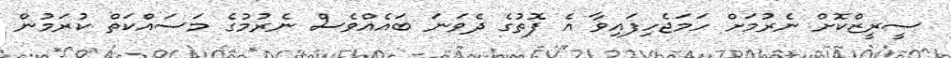
ސީރީޒްކޮށް ނެރުމަށް ހަމަޖެހިފައިވާ އެ ފޮތުގެ ދެވަނަ ބައެއްވެސް ނެރުމުގެ މަސައްކަތް ކުރަމުން